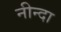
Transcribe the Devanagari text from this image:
नीन्दा